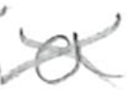
Text: a
Cross-out: cross
Writing tool: pencil